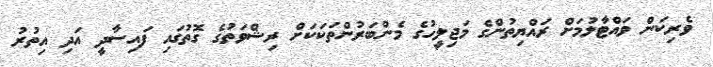
ވެރިކަން ވައްޓާލުމަށް ރައްޔިތުންގެ މަޖިލީހުގެ މެންބަރުންތަކަކަށް ރިޝްވަތުގެ ގޮތުގައި ފައިސާދީ އަދި އިތުރު